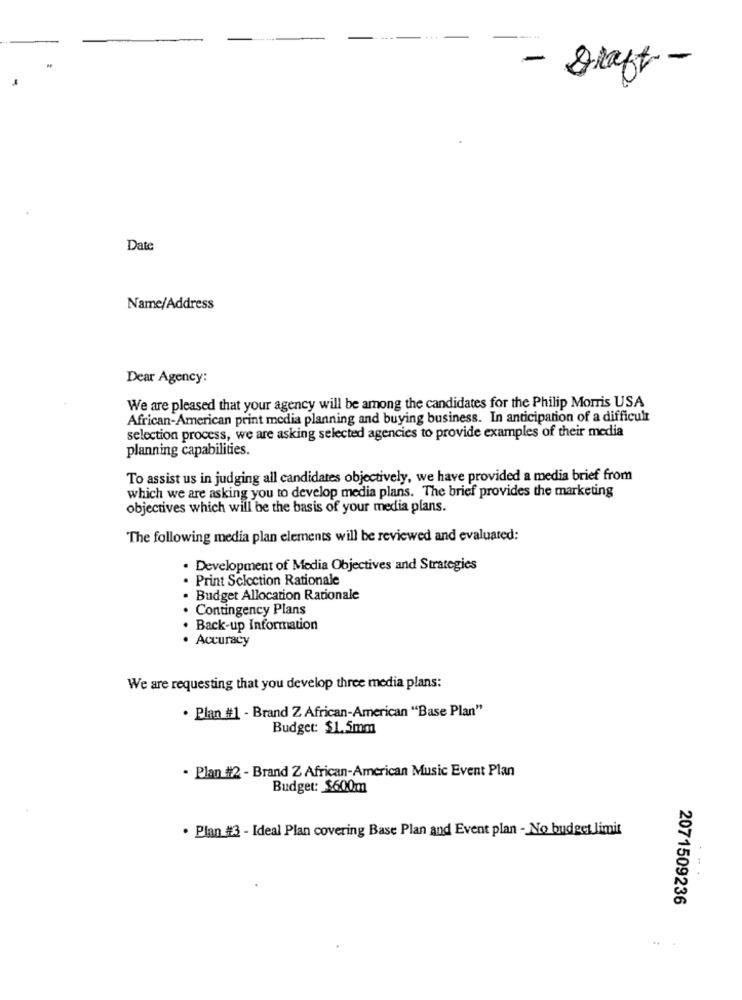
-
-
- graft -
Date
Name/Address
Dear Agency:
We are pleased that your agency will be among the candidates for the Philip Morris USA
African-American print media planning and buying business. In anticipation of a difficult
selection process, we are asking selected agencies to provide examples of their media
planning capabilities.
To assist us in judging all candidates objectively, we have provided a media brief from
which we are asking you to develop media plans. The brief provides the marketing
objectives which will be the basis of your media plans.
The following media plan elements will be reviewed and evaluated:
· Development of Media Objectives and Strategies
. Print Selection Rationale
· Budget Allocation Rationale
Contingency Plans
. Back-up Information
· Accuracy
We are requesting that you develop three media plans:
· Plan #1 - Brand Z African-American "Base Plan"
Budget: $1.5mm
· Plan #2 - Brand Z African-American Music Event Plan
Budget: $600m
· Plan #3 - Ideal Plan covering Base Plan and Event plan - No budget limit
2071509236